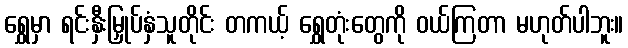
ရွှေမှာ ရင်းနှီးမြှုပ်နှံသူတိုင်း တကယ့် ရွှေတုံးတွေကို ဝယ်ကြတာ မဟုတ်ပါဘူး။